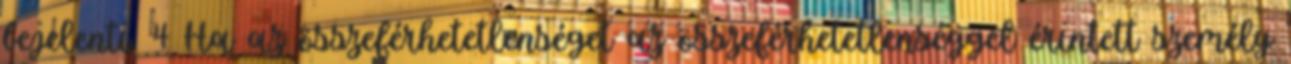
bejelenti. 4 Ha az összeférhetetlenséget az összeférhetetlenséggel érintett személy